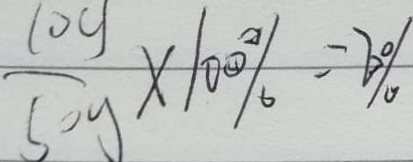
\frac { 1 0 0 g } { 5 0 g } \times 1 0 0 \% = 2 0 \%